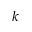
k